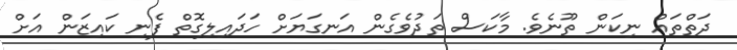
ދަތްތައް ނިކަން ތޫނެވެ. މާކަސް ތަދުވެގެން އަނގަޔަށް ހަދައިލިގޮތް ފެނި ކައިޒަން އަށް